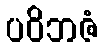
ပဝိဘဇံ